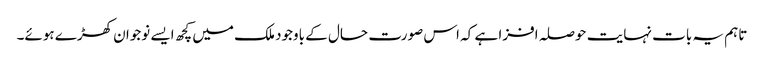
تاہم یہ بات نہایت حوصلہ افزا ہے کہ اس صورت حال کے باوجود ملک میں کچھ ایسے نوجوان کھڑے ہوئے۔